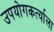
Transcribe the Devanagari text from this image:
उपयोगकर्त्याला